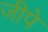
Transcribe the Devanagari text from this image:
जीपे